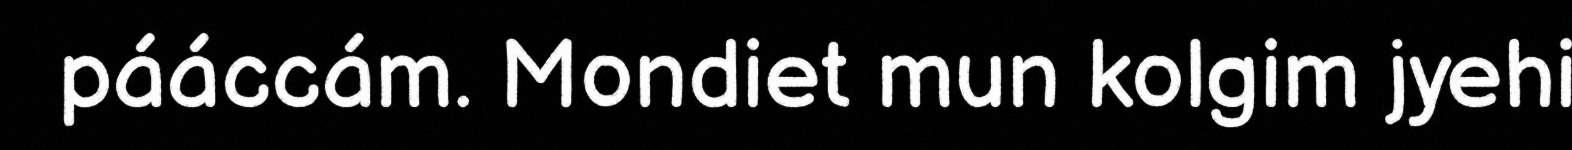
pááccám. Mondiet mun kolgim jyehi